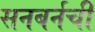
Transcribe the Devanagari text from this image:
सनबर्नची